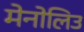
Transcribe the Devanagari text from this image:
मेनोलिउ